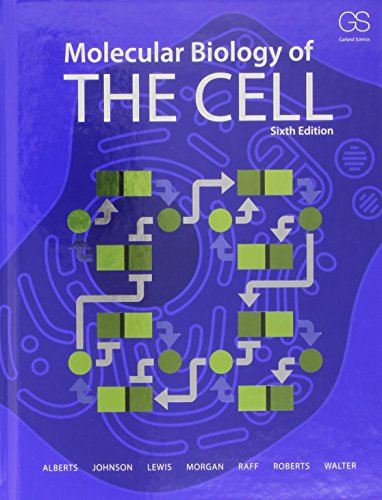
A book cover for Molecular Biology of the Cell; Bruce Alberts; Engineering & Transportation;